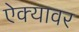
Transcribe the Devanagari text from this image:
ऐक्यावर